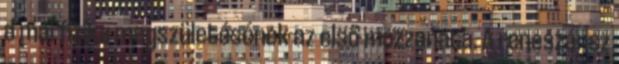
a mai fizika megszületésének az első mozzanata. A reneszánsz